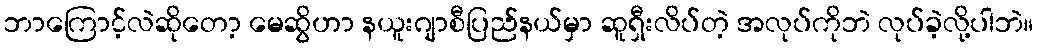
ဘာကြောင့်လဲဆိုတော့ မေဆွိဟာ နယူးဂျာစီပြည်နယ်မှာ ဆူရှီးလိပ်တဲ့ အလုပ်ကိုဘဲ လုပ်ခဲ့လို့ပါဘဲ။